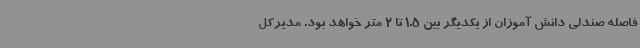
فاصله صندلی دانش آموزان از یکدیگر بین 1.5 تا 2 متر خواهد بود. مدیرکل